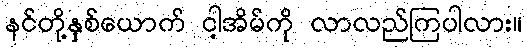
နင်တို့နှစ်ယောက် ငါ့အိမ်ကို လာလည်ကြပါလား။